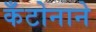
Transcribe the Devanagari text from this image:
कँटोनाने